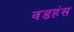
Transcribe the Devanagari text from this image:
वडहंस